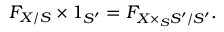
F _ { X / S } \times 1 _ { S ^ { \prime } } = F _ { X \times _ { S } S ^ { \prime } / S ^ { \prime } } .